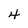
Character: 4